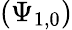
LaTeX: (\Psi_{1,0})